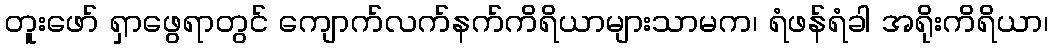
တူးဖော် ရှာဖွေရာတွင် ကျောက်လက်နက်ကိရိယာများသာမက၊ ရံဖန်ရံခါ အရိုးကိရိယာ၊